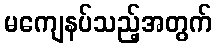
မကျေနပ်သည့်အတွက်